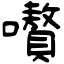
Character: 嚽